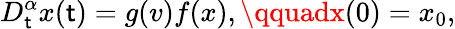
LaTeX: D_{\mathsf{t}}^{\alpha}x(\mathsf{t})=g(v)f(x),\qquadx(0)=x_{0},